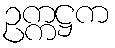
ဥက္ကဋ္ဌက